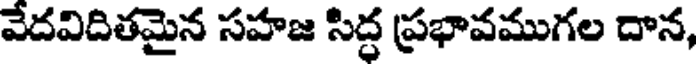
వేదవిదితమైన సహజ సిద్ధ ప్రభావముగల దాన,